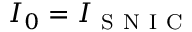
I _ { 0 } = I _ { \mathrm { ~ S ~ N ~ I ~ C ~ } }